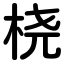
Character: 桡